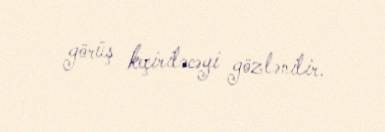
görüş keçiriləcəyi gözlənilir.